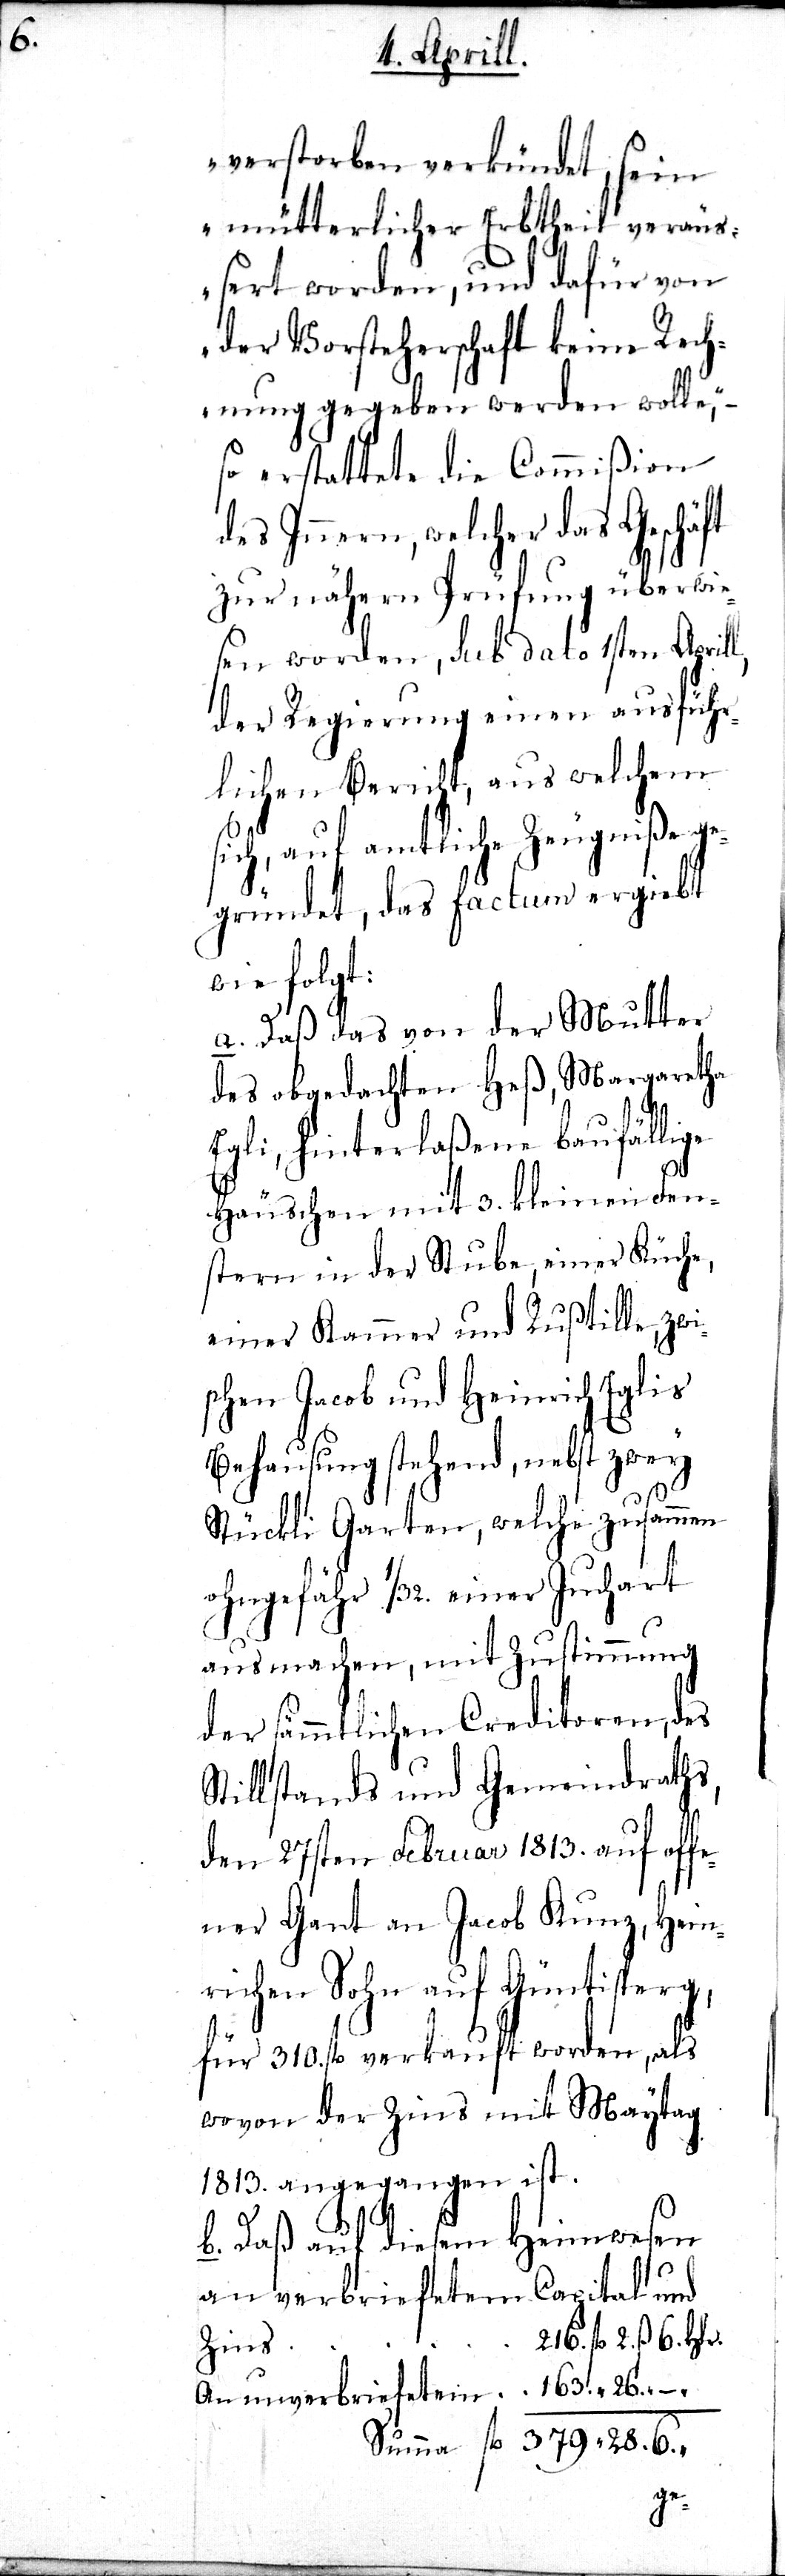
6.

verstorben verkündet, sein
mütterlicher Erbtheil veräu¬
ßert worden, und dafür von
der Vorsteherschaft keine Rech¬
nung gegeben werden wolle,“–
so erstattete die Commißion
des Innern, welcher das Geschä¬
zu nähern Prüfung überwie¬
sen worden, sub dato 1sten April¬
der Regierung einen ausführ¬
lichen Bericht, aus welchem
sich, auf amtliche Zeugniße ge¬
gründet, das factum ergiebt
wie folgt:
a. Daß das von der Mutter
des obgedachten Heß, Margaretha
Egli, hinterlaßene baufällige
Häuschen mit 3. kleinen Fen¬
stern in der Stube, einer Küche,
zwi¬
einer Kammer und Ruß¬
schen Jacob und Heinrich Eglis
Behausung stehend, nebst zwey
“
Stückli Garten, welche
ohngefähr 1/32. einer
ausmachen, mit Zustimmung
der sämmtlichen Creditoren, des
Stillstandes und Gemeindraths,
den 27sten Februar 1813. auf of¬
ner Gant an Jacob Kunz, Hein¬
richen Sohn auf Güntisperg,
für 310. fl. verkauft worden, als
wovon der Zins mit Maytag
1813. angegangen ist.
b. Daß auf diesem Heimwesen
an verbriefetem Capital und
216. fl. 2. ß.
Zins
fl.

28.